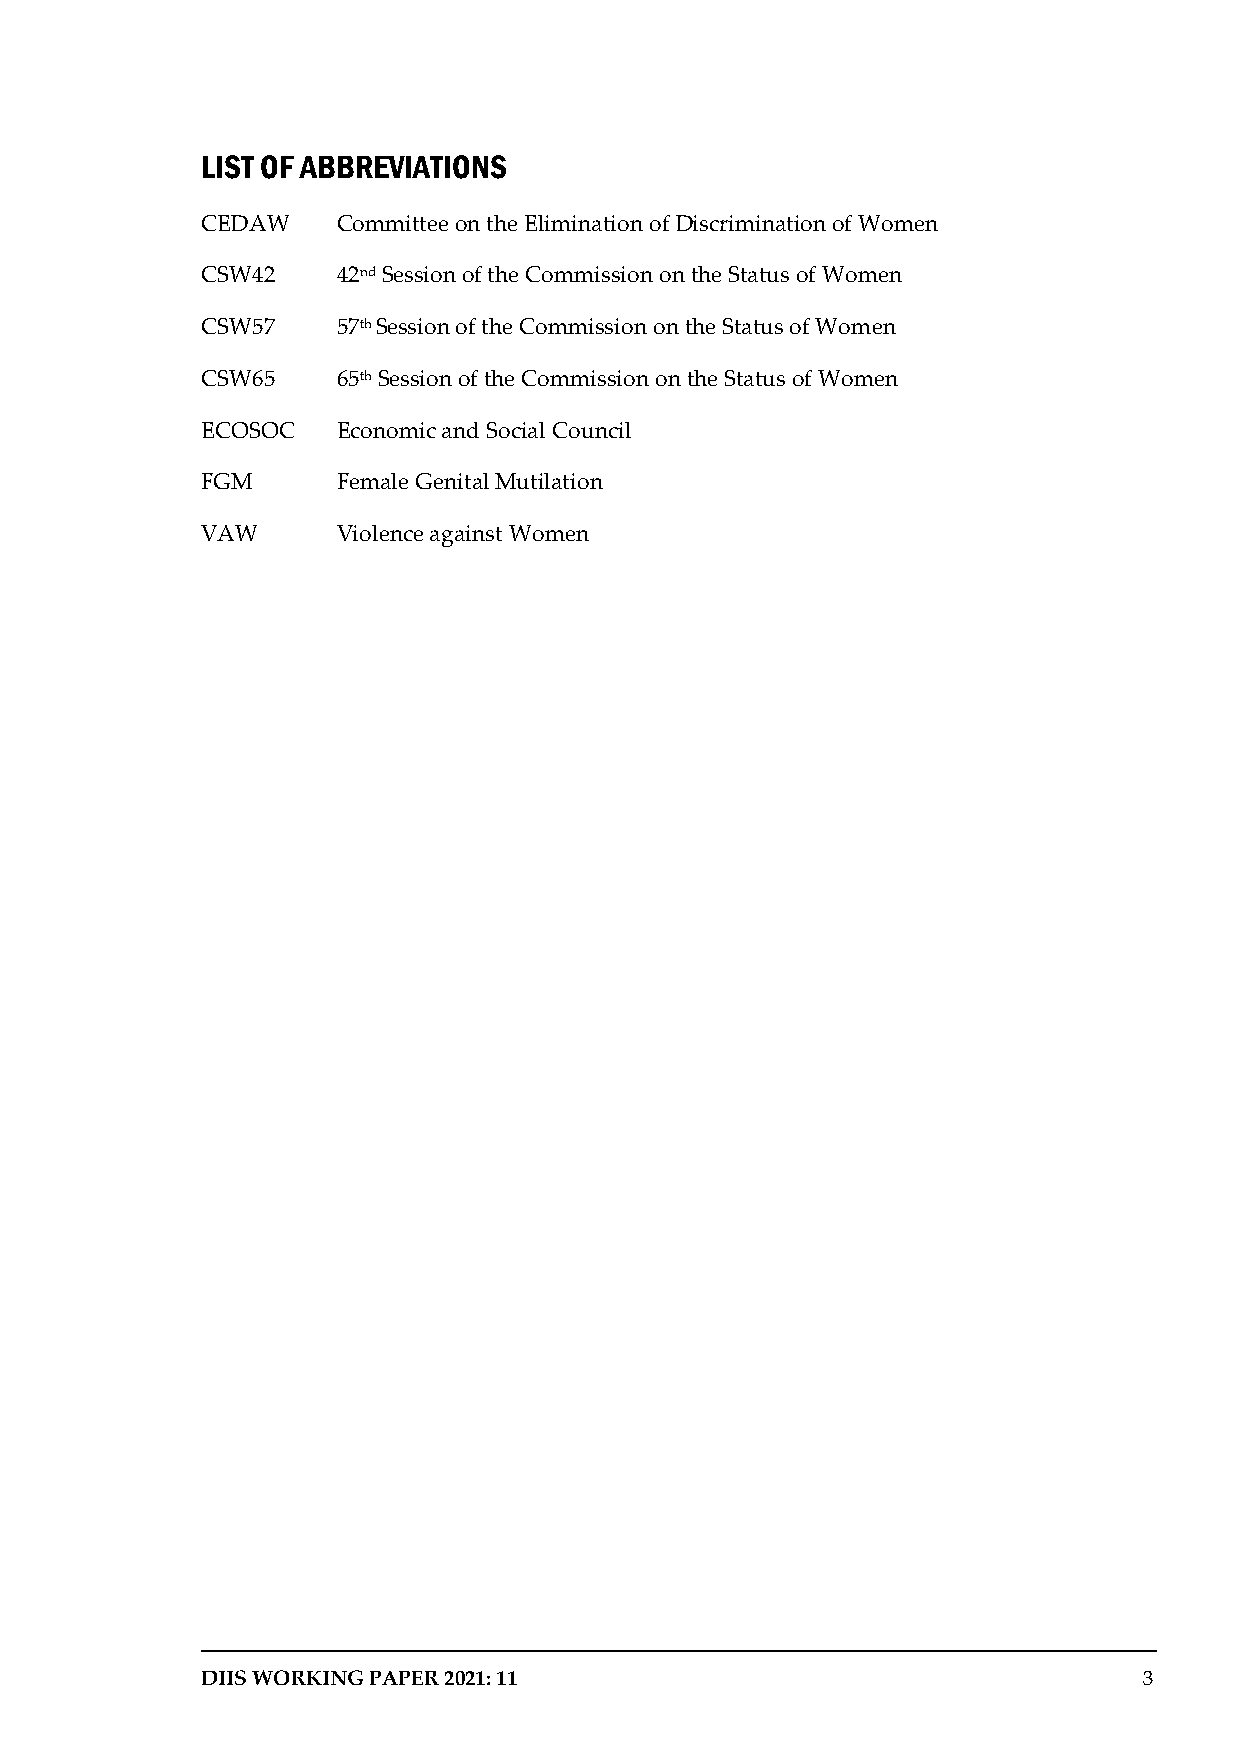
LIST OF ABBREVIATIONS
 CEDAW    Committee on the Elimination of Discrimination of Women
 CSW42    42nd Session of the Commission on the Status of Women
 CSW57    57th Session of the Commission on the Status of Women
 CSW65    65th Session of the Commission on the Status of Women
 ECOSOC   Economic and Social Council
 FGM      Female Genital Mutilation
 VAW      Violence against Women
 DIIS WORKING PAPER 2021: 11                                    3